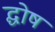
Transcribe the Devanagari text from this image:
द्घोष